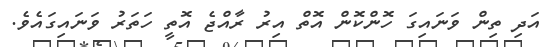
އަދި ތިން ވަނައިގަ ހޮންކޮން އޮތް އިރު ރާއްޖެ އޮތީ ހަތަރު ވަނައިގައެވެ.